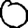
Digit: 0